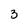
Character: 3